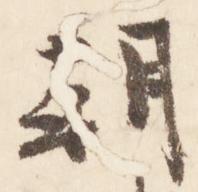
朝